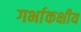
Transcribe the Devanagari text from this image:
गर्भाकक्षीय